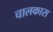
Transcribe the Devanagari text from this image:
चालकास